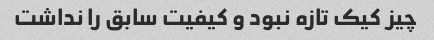
چیز کیک تازه نبود و کیفیت سابق را نداشت